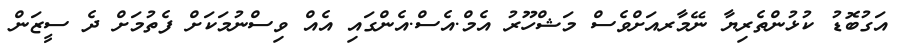
އަގުބޮޑު ކުޅުންތެރިޔާ ނޭމާރއަށްވެސް މަޝްހޫރު އެމް.އެސް.އެންގައި އެއް ވިސްނުމަކަށް ފެތުމަށް ދެ ސީޒަން